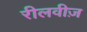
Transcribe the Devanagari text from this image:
रीलवीज़